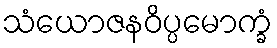
သံယောဇနဝိပ္ပမောက္ခံ